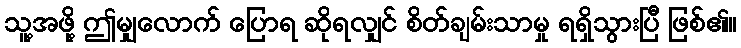
သူ့အဖို့ ဤမျှလောက် ပြောရ ဆိုရလျှင် စိတ်ချမ်းသာမှု ရရှိသွားပြီ ဖြစ်၏။